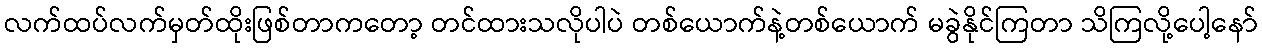
လက်ထပ်လက်မှတ်ထိုးဖြစ်တာကတော့ တင်ထားသလိုပါပဲ တစ်ယောက်နဲ့တစ်ယောက် မခွဲနိုင်ကြတာ သိကြလို့ပေါ့နော်